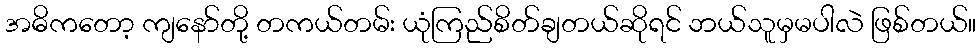
အဓိကတော့ ကျနော်တို့ တကယ်တမ်း ယုံကြည်စိတ်ချတယ်ဆိုရင် ဘယ်သူမှမပါလဲ ဖြစ်တယ်။